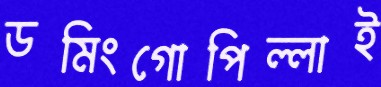
ডমিংগোপিল্লাই